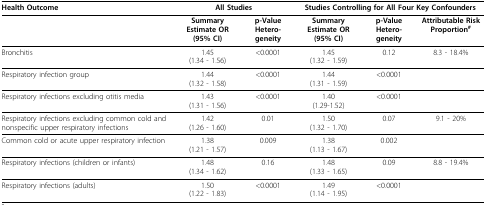
| Health Outcome | <COLSPAN=2> All Studies | <COLSPAN=3> Studies Controlling for All Four Key Confounders |
 | --- | --- | --- | --- | --- | --- |
 |  | Summary Estimate OR (95% CI) | p-Value Hetero-geneity | Summary Estimate OR (95% CI) | p-Value Hetero-geneity | Attributable Risk Proportion# |
 | Bronchitis | 1.45(1.34 - 1.56) | < 0.0001 | 1.45(1.32 - 1.59) | 0.12 | 8.3 - 18.4% |
 | Respiratory infection group | 1.44(1.32 - 1.58) | < 0.0001 | 1.44(1.31 - 1.59) | < 0.0001 |  |
 | Respiratory infections excluding otitis media | 1.43(1.31 - 1.56) | < 0.0001 | 1.40(1.29-1.52) | < 0.0001 |  |
 | Respiratory infections excluding common cold and nonspecific upper respiratory infections | 1.42(1.26 - 1.60) | 0.01 | 1.50(1.32 - 1.70) | 0.07 | 9.1 - 20% |
 | Common cold or acute upper respiratory infection | 1.38(1.21 - 1.57) | 0.009 | 1.38(1.13 - 1.67) | 0.002 |  |
 | Respiratory infections (children or infants) | 1.48(1.34 - 1.62) | 0.16 | 1.48(1.33 - 1.65) | 0.09 | 8.8 - 19.4% |
 | Respiratory infections (adults) | 1.50(1.22 - 1.83) | < 0.0001 | 1.49(1.14 - 1.95) | < 0.0001 |  |